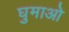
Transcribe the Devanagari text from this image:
घुमाओ